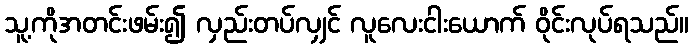
သူ့ကိုအတင်းဖမ်း၍ လှည်းတပ်လျှင် လူလေးငါးယောက် ဝိုင်းလုပ်ရသည်။